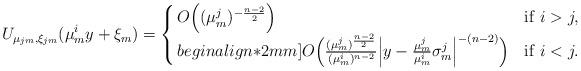
LaTeX: \begin{align*}U_{ \mu_{jm},\xi_{jm}}(\mu_m^iy+\xi_m) =\left\{ \arraycolsep=1.5pt \begin{array}{lll}O\Big((\mu_m^j)^{-\frac{n-2}{2}}\Big) \ \ & {\rm if}\ i>j, \\begin{align*}2mm]O\Big(\frac{(\mu_m^j)^{\frac{n-2}{2}}}{(\mu_m^i)^{n-2}}\Big|y-\frac{\mu_m^j}{\mu_m^i}\sigma_m^j\Big|^{-(n-2)} \Big) \ \ & {\rm if}\ i<j.\end{array}\right.\end{align*}